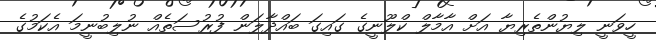
ހީވަނީ ލިޔުންތެރިޔާ އަށް އާމާލް ކްލޫނީގެ ގައިގަ ބައްދާލަން ފުރުސަތެއް ނުލިބުނީމަ އެކަމުގެ